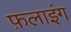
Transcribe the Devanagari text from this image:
फ़लाइंग